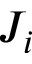
J _ { i }